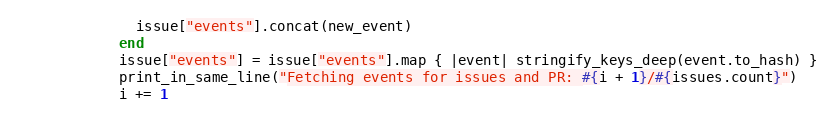
Language: Ruby
              issue["events"].concat(new_event)
            end
            issue["events"] = issue["events"].map { |event| stringify_keys_deep(event.to_hash) }
            print_in_same_line("Fetching events for issues and PR: #{i + 1}/#{issues.count}")
            i += 1